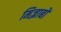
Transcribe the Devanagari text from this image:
मिज़्राबों